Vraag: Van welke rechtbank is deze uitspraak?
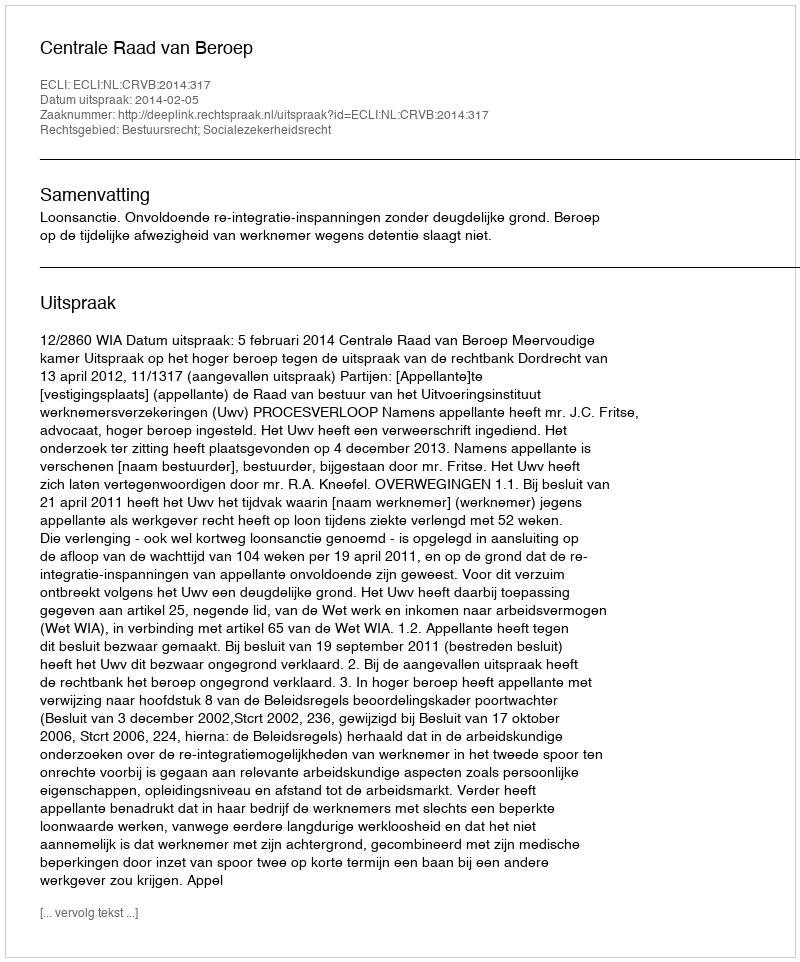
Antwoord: Centrale Raad van Beroep